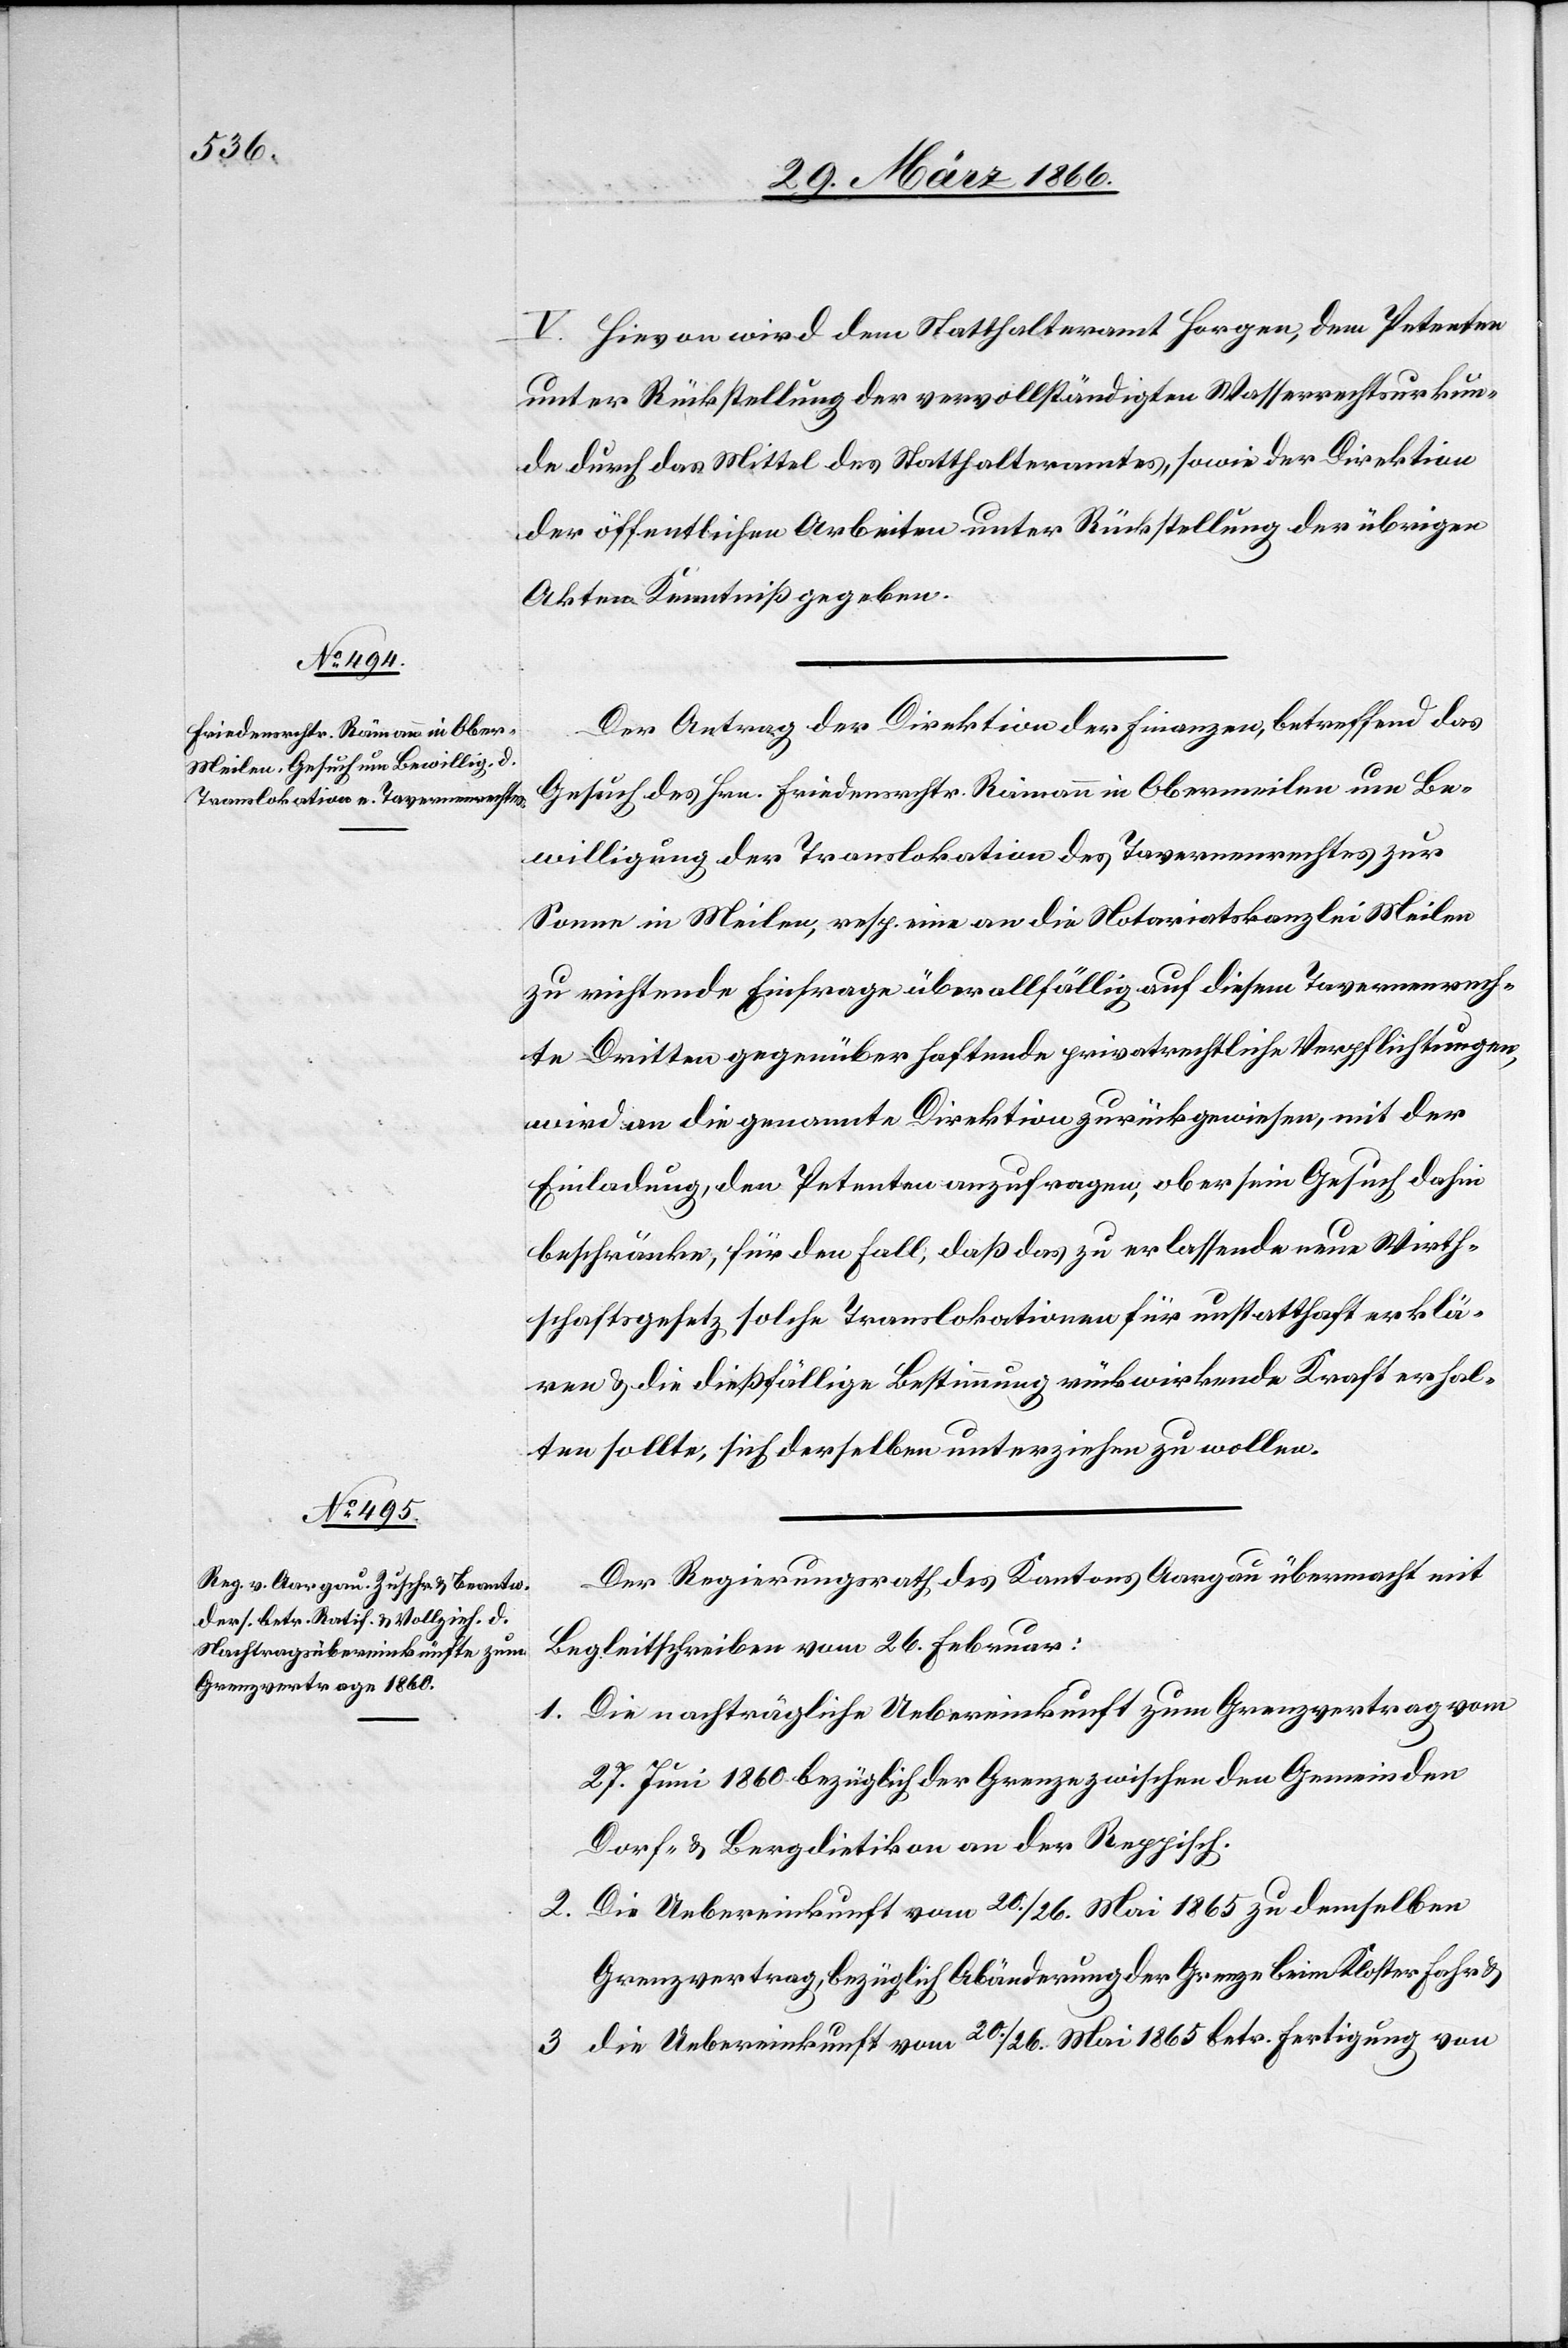
V. Hievon wird dem Statthalteramt Horgen, dem Petenten
unter Rückstellung der vervollständigten Wasserrechtsurkun¬
de durch das Mittel des Statthalteramtes, sowie der Direktion
der öffentlichen Arbeiten unter Rückstellung der übrigen
Akten Kenntniß gegeben.
Der Antrag der Direktion der Finanzen, betreffend das
Gesuch des Hrn. Friedensrchtr. Reimann in Obermeilen um Be¬
willigung der Translokation des Tavernenrechtes zur
Sonne in Meilen, resp. eine an die Notariatskanzlei Meilen
zu richtende Einfrage über allfällig auf diesem Tavernenrech¬
te Dritten gegenüber haftende privatrechtliche Verpflichtungen,
wird an die genannte Direktion zurückgewiesen, mit der
Einladung, den Petenten anzufragen, ob er sein Gesuch dahin
beschränke, für den Fall, daß das zu erlassende neue Wirth¬
schaftsgesetz solche Translokationen für unstatthaft erklä¬
ren u. die dießfällige Bestimmung rückwirkende Kraft erhal¬
ten sollte, sich derselben unterziehen zu wollen.